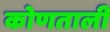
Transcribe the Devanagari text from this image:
कोणताली